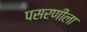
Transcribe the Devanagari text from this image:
पसरणीला